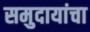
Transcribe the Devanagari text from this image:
समुदायांचा